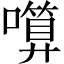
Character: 𱕋